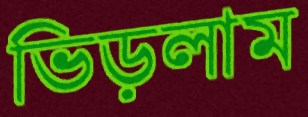
ভিড়লাম